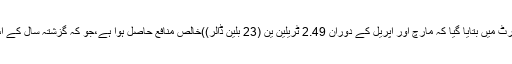
بد ھ کو ٹویوٹا کی جانب سے جاری کردہ رپورٹ میں بتایا گیا کہ مارچ اور اپریل کے دوران 2.49 ٹریلین ین (23 بلین ڈالر))خالص منافع حاصل ہوا ہے،جو کہ گزشتہ سال کے اس عرصہ کے مقابلے 36.2 فیصد زیادہ ہے۔